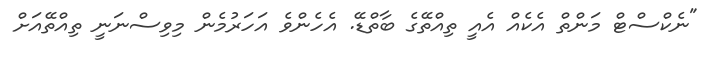
"ނެކްސްޓް މަންތް އެކެއް އެއީ ތިއްތޭގެ ބާތްޑޭ. އެހެންވެ އަހަރުމެން މިވިސްނަނީ ތިއްތޭއަށް